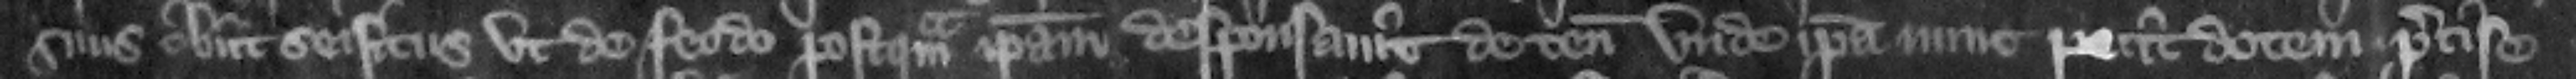
suus obit seisitus vt de feodo postquam ipsam desponsauit de tenemento nde ipsa nunc petit dotem precise